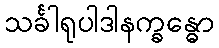
သင်္ခါရုပါဒါနက္ခန္ဓော